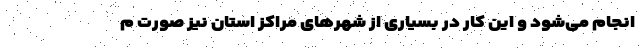
انجام می‌شود و این کار در بسیاری از شهرهای مراکز استان نیز صورت م